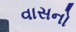
વાસનો